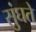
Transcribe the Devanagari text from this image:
सुंघते